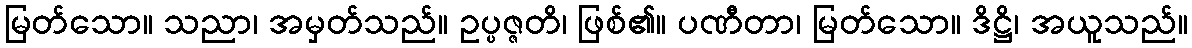
မြတ်သော။ သညာ၊ အမှတ်သည်။ ဥပ္ပဇ္ဇတိ၊ ဖြစ်၏။ ပဏီတာ၊ မြတ်သော။ ဒိဋ္ဌိ၊ အယူသည်။